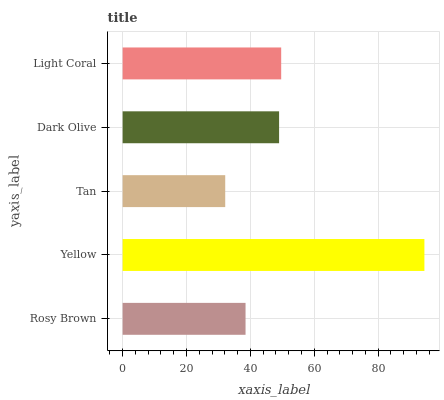
| yaxis_label | bars |
 | --- | --- |
 | Rosy Brown | 38.5 |
 | Yellow | 94.5 |
 | Tan | 32.1 |
 | Dark Olive | 49 |
 | Light Coral | 49.6 |